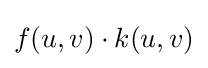
f(u,v)\cdot k(u,v)